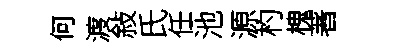
何渡敍氏任池源杓槐著